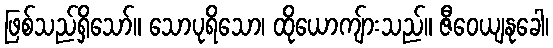
ဖြစ်သည်ရှိသော်။ သောပုရိသော၊ ထိုယောကျ်ားသည်။ ဇီဝေယျနုခေါ၊